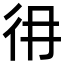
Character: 𢓏